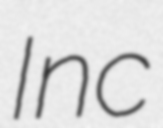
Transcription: Inc